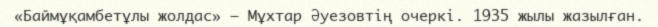
«Баймұқамбетұлы жолдас» — Мұхтар Әуезовтің очеркі. 1935 жылы жазылған.